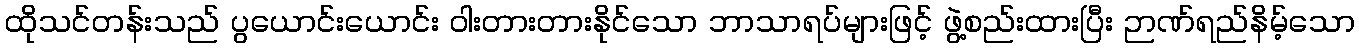
ထိုသင်တန်းသည် ပွယောင်းယောင်း ဝါးတားတားနိုင်သော ဘာသာရပ်များဖြင့် ဖွဲ့စည်းထားပြီး ဉာဏ်ရည်နိမ့်သော